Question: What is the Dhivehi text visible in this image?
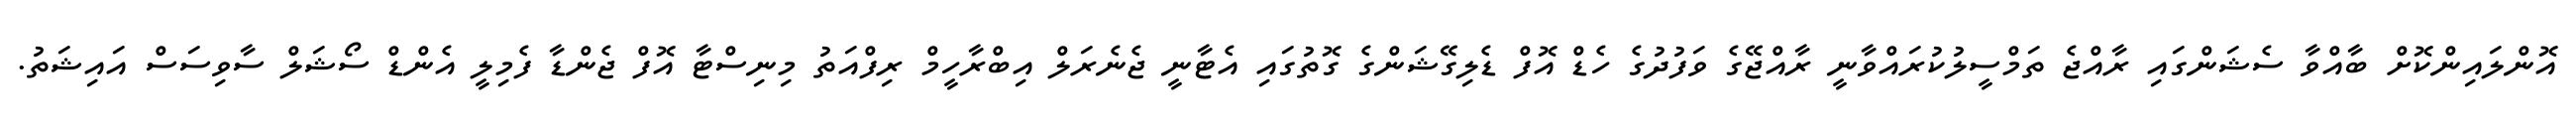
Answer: އޮންލައިންކޮށް ބާއްވާ ސެޝަންގައި ރާއްޖެ ތަމްސީލުކުރައްވާނީ ރާއްޖޭގެ ވަފުދުގެ ހެޑް އޮފް ޑެލިގޭޝަންގެ ގޮތުގައި އެޓާނީ ޖެނެރަލް އިބްރާހީމް ރިފްއަތު މިނިސްޓާ އޮފް ޖެންޑާ ފެމިލީ އެންޑް ސޯޝަލް ސާވިސަސް އައިޝަތު.